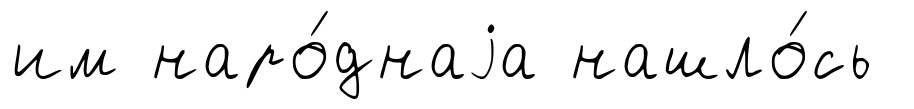
им наро́днаjа нашло́сь